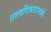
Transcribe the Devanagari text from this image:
तत्त्वविचारामध्ये